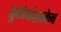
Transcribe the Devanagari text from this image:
तुकोबांइतकेच